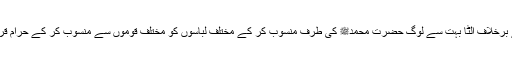
مگر اس آیت کے برخلاف الٹا بہت سے لوگ حضرت محمدﷺ کی طرف منسوب کر کے مختلف لباسوں کو مختلف قوموں سے منسوب کر کے حرام قرار دے رہے ہیں۔